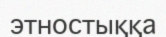
этностыққа